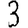
Digit: 3